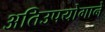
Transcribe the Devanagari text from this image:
अतिउपयोगाने